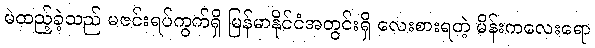
မဲထည့်ခဲ့သည် မဇင်းရပ်ကွက်ရှိ မြန်မာနိုင်ငံအတွင်းရှိ လေးစားရတဲ့ မိန်းကလေးရော